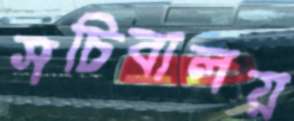
সচিবালয়